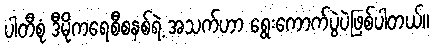
ပါတီစုံ ဒီမိုကရေစီစနစ်ရဲ့ အသက်ဟာ ရွေးကောက်ပွဲပဲဖြစ်ပါတယ်။